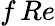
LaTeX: f\, Re